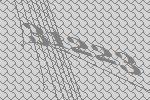
31223